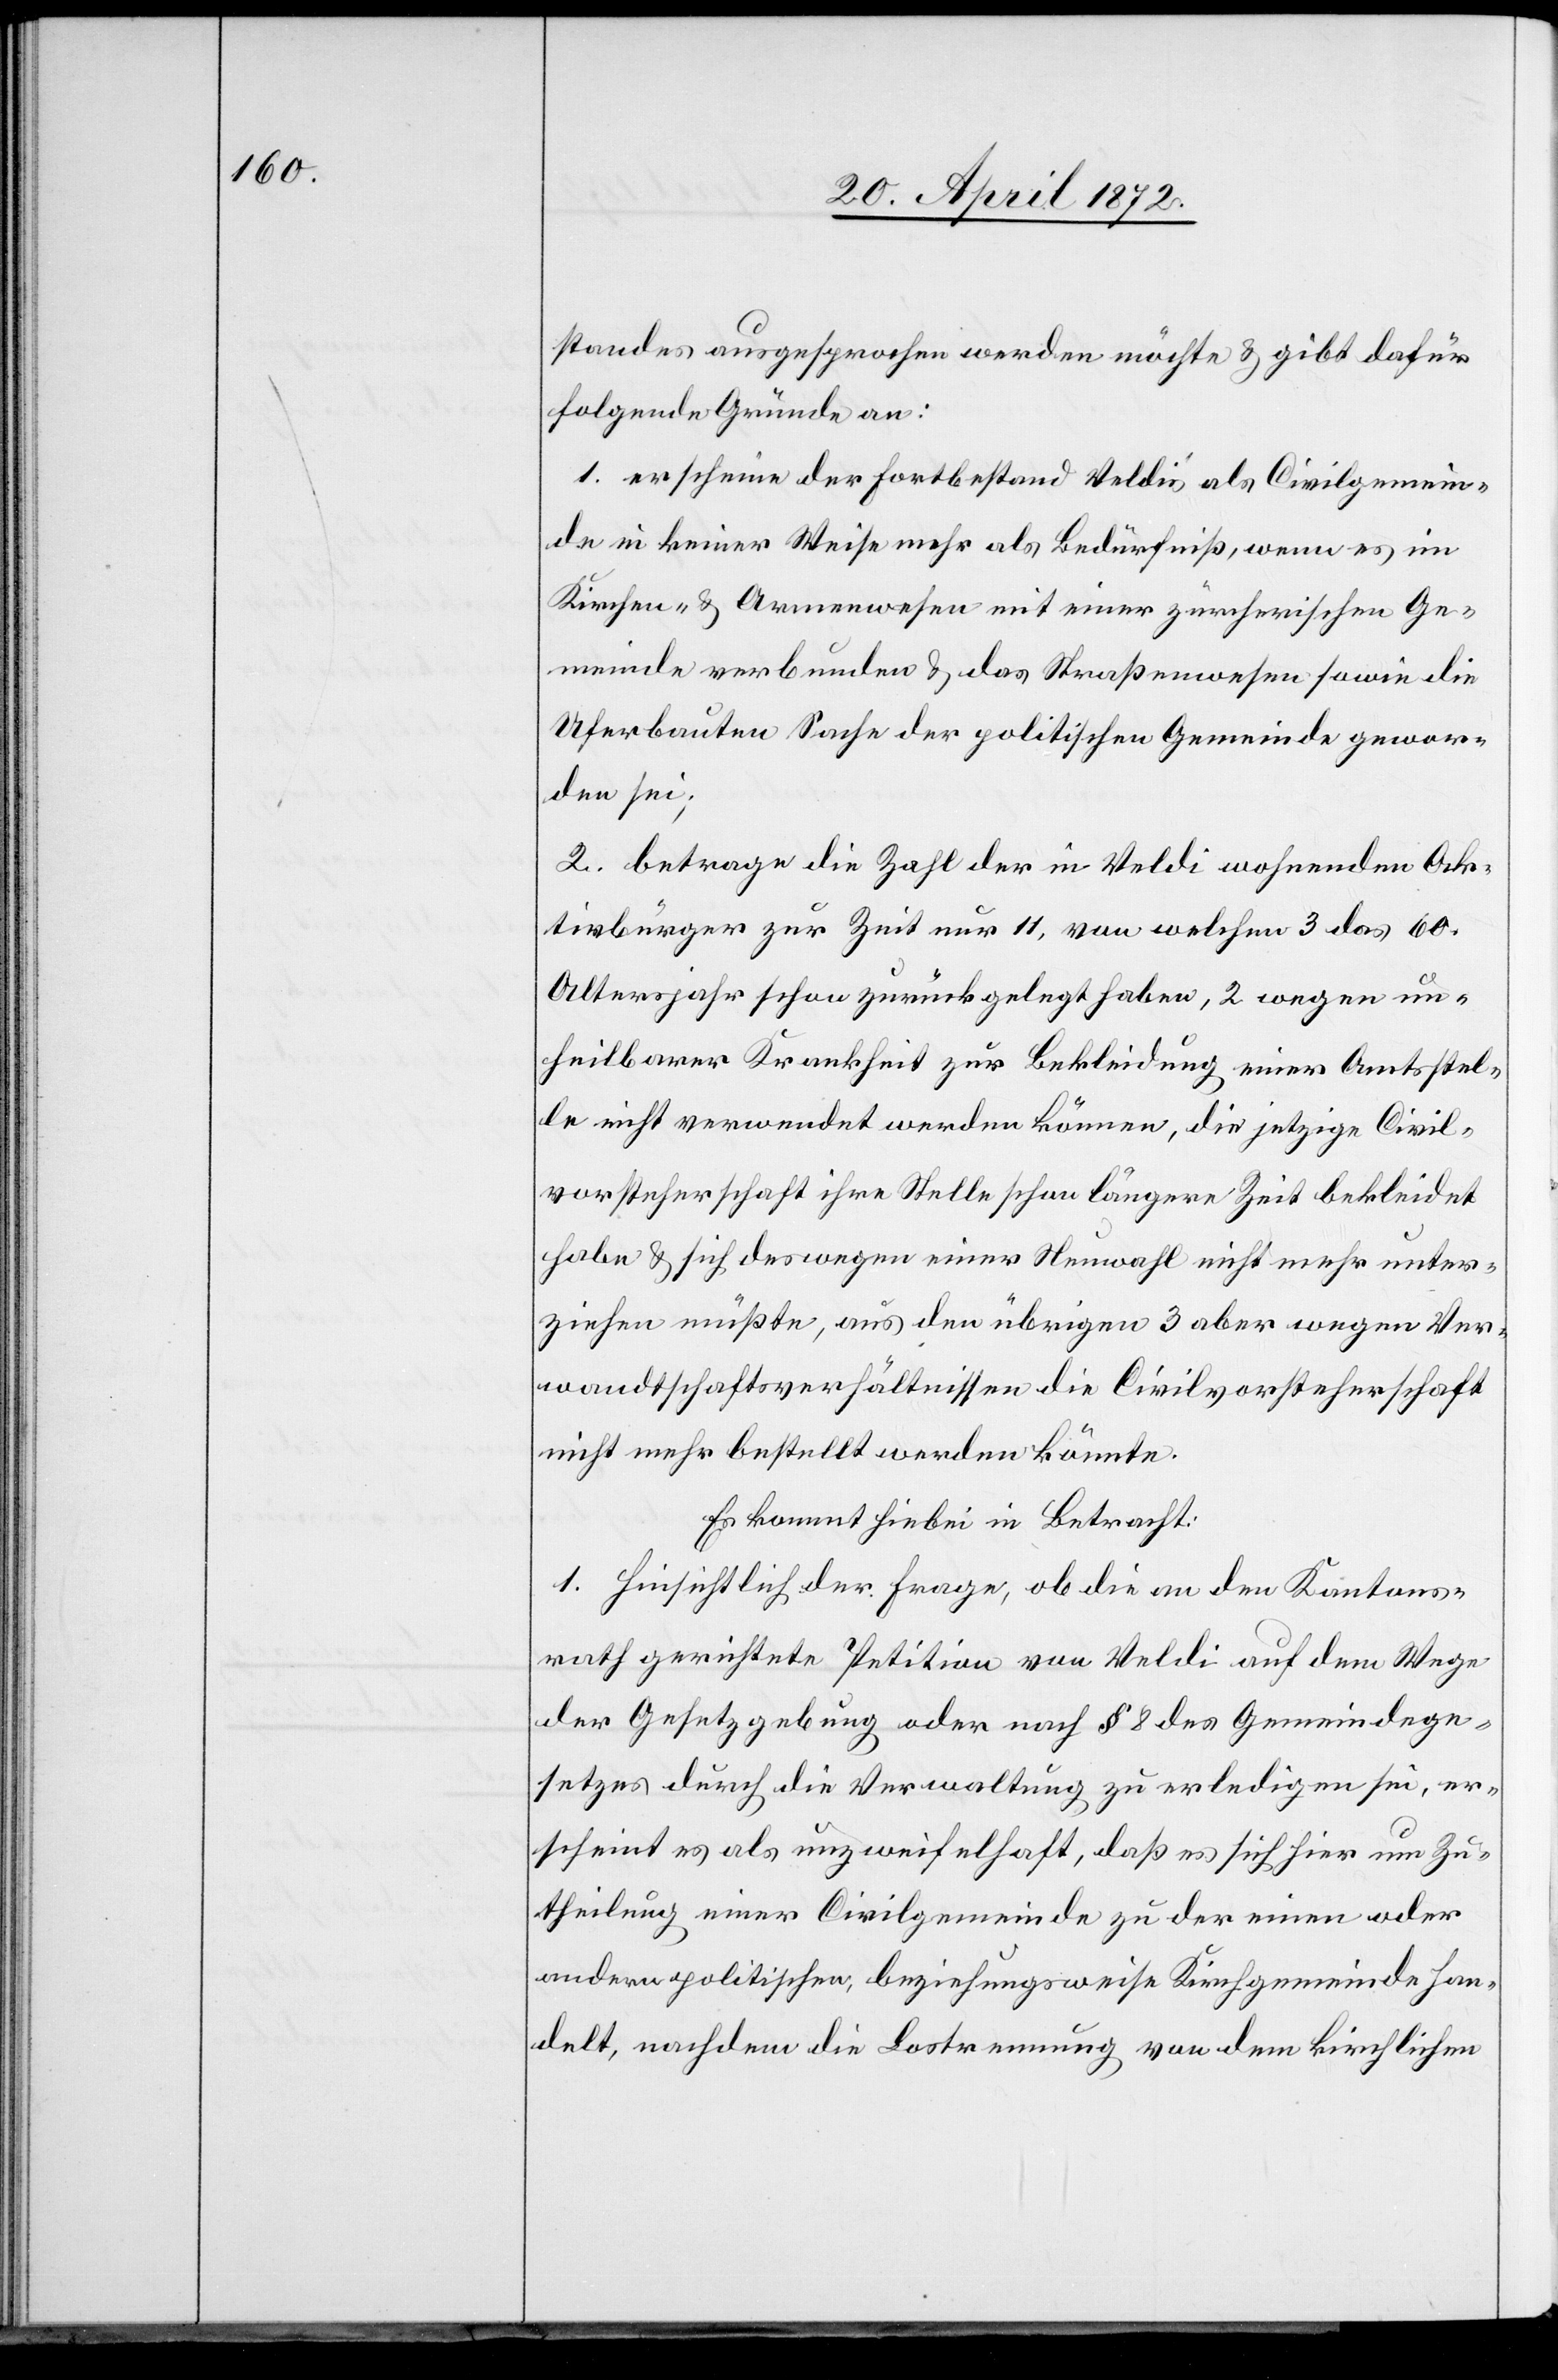
standes ausgesprochen werden möchte u. gibt dafür
folgende Gründe an:
1. erscheine der Fortbestand Veldi’s als Civilgemein¬
de in keiner Weise als Bedürfniß, wenn es im
Kirchen- u. Armenwesen mit einer zürcherischen Ge¬
meinde verbunden u. das Straßenwesen sowie die
Uferbauten Sache der politischen Gemeinde gewor¬
den sei;
2. betrage die Zahl der in Veldi wohnenden Ak¬
tivbürger zur Zeit nur 11, von welchen 3 das 60.
Altersjahr schon zurückgelegt haben, 2 wegen un¬
heilbarer Krankheit zur Bekleidung einer Amtsstel¬
le nicht verwendet werden können, die jetzige Civil¬
vorsteherschaft ihre Stelle schon längere Zeit bekleidet
habe u. sich deswegen einer Neuwahl nicht mehr unter¬
ziehen müßte, aus den übrigen 3 aber wegen Ver¬
wandtschaftsverhältnissen die Civilvorsteherschaft
nicht mehr bestellt werden könnte.
1. Hinsichtlich der Frage, ob die an den Kantons¬
rath gerichtete Petition von Veldi auf dem Wege
der Gesetzgebung oder nach § 8 des Gemeindege¬
setzes durch die Verwaltung zu erledigen sei, er¬
scheint es als unzweifelhaft, daß es sich hier um Zu¬
theilung einer Civilgemeinde zu der einen oder
andern politischen, beziehungsweise Kirchgemeinde han¬
delt, nachdem die Lostrennung von dem kirchlichen